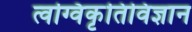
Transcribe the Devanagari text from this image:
त्वग्विकृतिविज्ञान